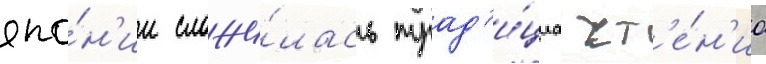
япо́н'ии сложи́лась трад'и́циа чт'е́н'иа